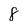
Character: 8